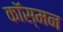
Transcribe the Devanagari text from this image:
कॉस्मन